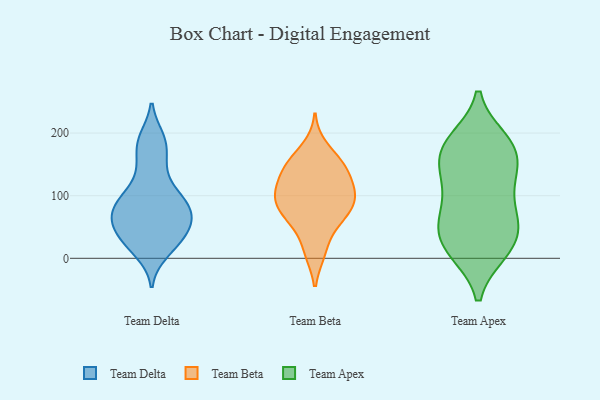
{"axis": {"x": "Gross Profit (USD K)", "y": "Value"}, "legend": ["Team Apex", "Team Beta", "Team Delta"], "data": [{"x": "", "y": 30, "type": "Team Delta"}, {"x": "", "y": 95, "type": "Team Delta"}, {"x": "", "y": 86, "type": "Team Delta"}, {"x": "", "y": 55, "type": "Team Delta"}, {"x": "", "y": 189, "type": "Team Delta"}, {"x": "", "y": 25, "type": "Team Delta"}, {"x": "", "y": 191, "type": "Team Delta"}, {"x": "", "y": 72, "type": "Team Delta"}, {"x": "", "y": 52, "type": "Team Delta"}, {"x": "", "y": 149, "type": "Team Delta"}, {"x": "", "y": 95, "type": "Team Delta"}, {"x": "", "y": 87, "type": "Team Delta"}, {"x": "", "y": 63, "type": "Team Delta"}, {"x": "", "y": 10, "type": "Team Delta"}, {"x": "", "y": 96, "type": "Team Delta"}, {"x": "", "y": 176, "type": "Team Delta"}, {"x": "", "y": 133, "type": "Team Delta"}, {"x": "", "y": 58, "type": "Team Delta"}, {"x": "", "y": 20, "type": "Team Delta"}, {"x": "", "y": 48, "type": "Team Delta"}, {"x": "", "y": 95, "type": "Team Beta"}, {"x": "", "y": 149, "type": "Team Beta"}, {"x": "", "y": 100, "type": "Team Beta"}, {"x": "", "y": 58, "type": "Team Beta"}, {"x": "", "y": 69, "type": "Team Beta"}, {"x": "", "y": 108, "type": "Team Beta"}, {"x": "", "y": 154, "type": "Team Beta"}, {"x": "", "y": 118, "type": "Team Beta"}, {"x": "", "y": 11, "type": "Team Beta"}, {"x": "", "y": 146, "type": "Team Beta"}, {"x": "", "y": 101, "type": "Team Beta"}, {"x": "", "y": 61, "type": "Team Beta"}, {"x": "", "y": 143, "type": "Team Beta"}, {"x": "", "y": 91, "type": "Team Beta"}, {"x": "", "y": 10, "type": "Team Beta"}, {"x": "", "y": 66, "type": "Team Beta"}, {"x": "", "y": 136, "type": "Team Beta"}, {"x": "", "y": 177, "type": "Team Beta"}, {"x": "", "y": 93, "type": "Team Beta"}, {"x": "", "y": 108, "type": "Team Apex"}, {"x": "", "y": 10, "type": "Team Apex"}, {"x": "", "y": 11, "type": "Team Apex"}, {"x": "", "y": 170, "type": "Team Apex"}, {"x": "", "y": 170, "type": "Team Apex"}, {"x": "", "y": 129, "type": "Team Apex"}, {"x": "", "y": 65, "type": "Team Apex"}, {"x": "", "y": 187, "type": "Team Apex"}, {"x": "", "y": 136, "type": "Team Apex"}, {"x": "", "y": 61, "type": "Team Apex"}, {"x": "", "y": 117, "type": "Team Apex"}, {"x": "", "y": 57, "type": "Team Apex"}, {"x": "", "y": 54, "type": "Team Apex"}, {"x": "", "y": 14, "type": "Team Apex"}, {"x": "", "y": 189, "type": "Team Apex"}, {"x": "", "y": 53, "type": "Team Apex"}, {"x": "", "y": 15, "type": "Team Apex"}, {"x": "", "y": 156, "type": "Team Apex"}, {"x": "", "y": 185, "type": "Team Apex"}]}